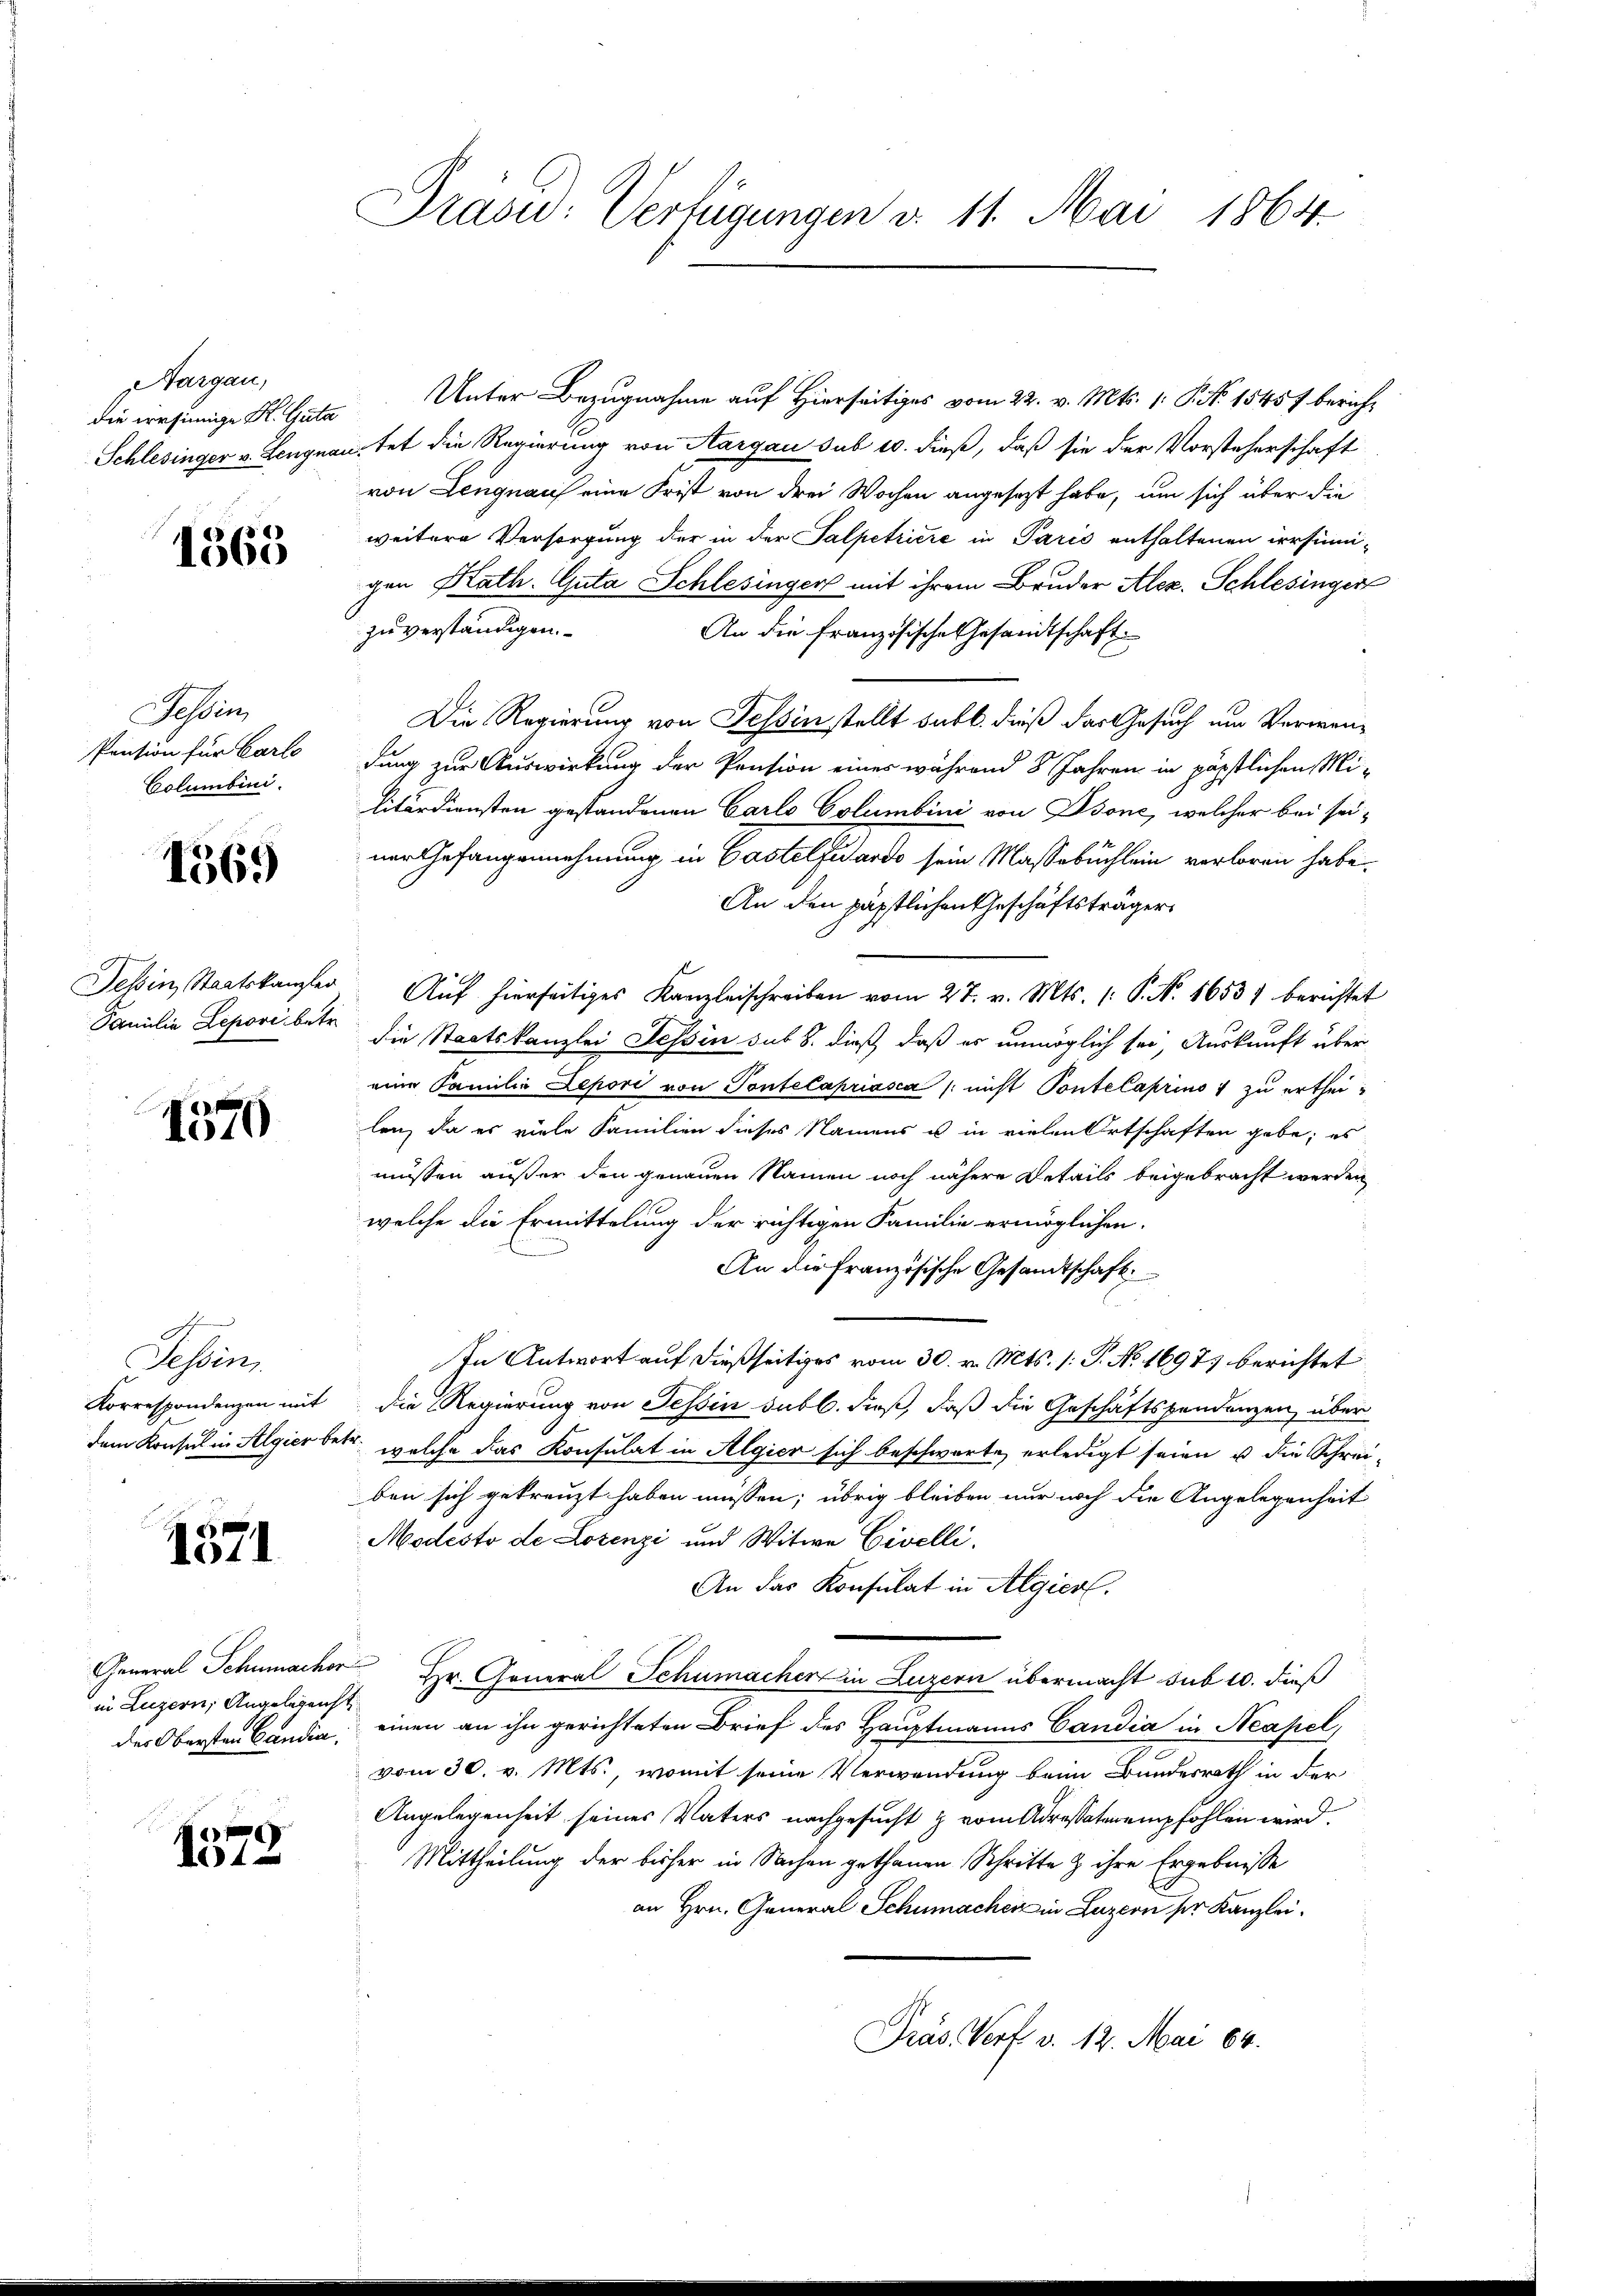
Aargau,
die irrsinnige K. Guta
Schlesinger v. Leugn

1563

Fessen,
Pension für Carlo
Columbini.

1569

Tessin, Staatskanzler
Familie Lepori, betr.

1570

Sessen,
Korrespondenzen mit
dem Konsul in Algier b

1371

General Schumacher
in Luzern, Angelegen
des Obersten Candia,

Nil-

Dräsu: Verfügungen d. 11. Mai 1864.

Unter Bezugnahme auf Hierseitiges vom 22. v. Mts. 1. P. Nr. 1545 f bericht
ptet die Regierung von Aargau sub 10. dieß, daß sie der Vorsteherschaft
von Lengnau eine Frist von drei Wochen angesezt habe, um sich über die
weitere Versorgung der in der Salpetriere in Paris enthaltenen irrsinigen Rath. Guta Schlesingen mit ihrem Bruder Alez. Schlesingen
zu verständigen.
An die französische Gesandtschaft
Die Regierung von Tessin stellt sub b. dieß das Gesuch um Verwendung zur Auswirkung der Pension einer während 8 Jahren in päpstlichen Militärdiensten gestandenen Carlo Columbini von Dsonc, welcher bei seiner Gefangennehmung in Gastelfidando sein Massabuchlein verloren habe.
An den päpstlichen Geschäftsträger
Aŭf hierseitiges Kanzleischreiben vom 27. v. Mts. (: P. Nr. 1653) berichtet
die Staatskanzlei Tessin sub 8. dieß, daß es unmöglich sei, Auskunft über
eine Familie Depori von Pontelapriasca / nicht Pontelaprius 1 zu ertheilen, da es viele Familien dieses Namens u in vielen Ortschaften gebe; es
müssen außer den genauen Namen noch nähere Details beigebracht werden
welche die Ermittelung der richtigen Familie ermöglichen.
An die französische Gesandtschaft:
In Antwort auf dießseitiges vom 30. v. Mts. (: P. No. 1697) berichtet
die Regierung von Tessin subl. dieß, daß die Geschäftsfondenzen über
u welche das Konsulat in Algien sich beschwarte, erledigt seien u die Schrei-
ben sich gekreuzt haben müssen; übrig bleiben nur noch die Angelegenheit
Modesto de Lorenzi und Witwe Civelli,
An das Konsulat in Algiert.
 Hr. General Schumacher in Luzern übermacht sub 10. dieß
einen an ihn gerichteten Brief des Hauptmanns Candia in Neapel,
vom 30. v. Mts., womit seine Verwendung beim Bundesrath in der
Angelegenheit seines Vaters nachgesucht & vom Adressaten empfohlen wird.
Mittheilung der bisher in Sachen gethanen Schritte & ihre Ergebnisse
an Hrn. General Schumachen in Luzern ser Kanzlei.
Präs. Verf. v. 12. Mai 84.